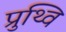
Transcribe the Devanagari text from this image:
प्रुथ्वि